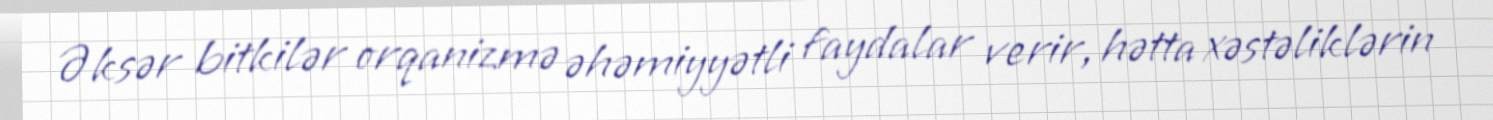
Əksər bitkilər orqanizmə əhəmiyyətli faydalar verir, hətta xəstəliklərin